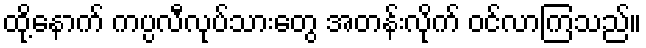
ထို့နောက် ကပ္ပလီလုပ်သားတွေ အတန်းလိုက် ဝင်လာကြသည်။